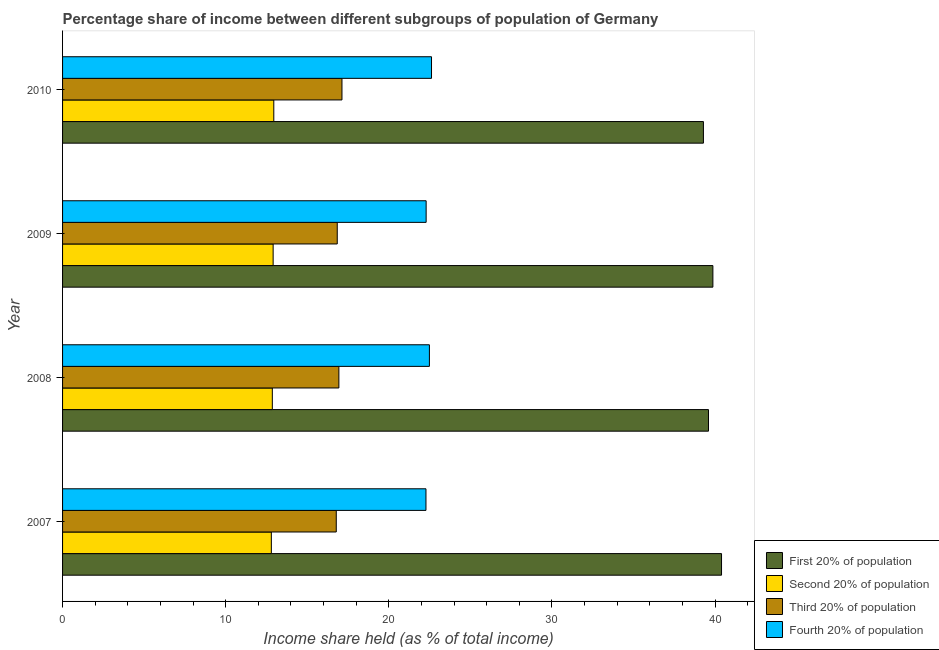
| Year | First 20% of population | Second 20% of population | Third 20% of population | Fourth 20% of population |
 | --- | --- | --- | --- | --- |
 | 2007 | 40.4 | 12.8 | 16.8 | 22.3 |
 | 2008 | 39.6 | 12.9 | 16.9 | 22.5 |
 | 2009 | 39.9 | 12.9 | 16.8 | 22.3 |
 | 2010 | 39.3 | 12.9 | 17.1 | 22.6 |